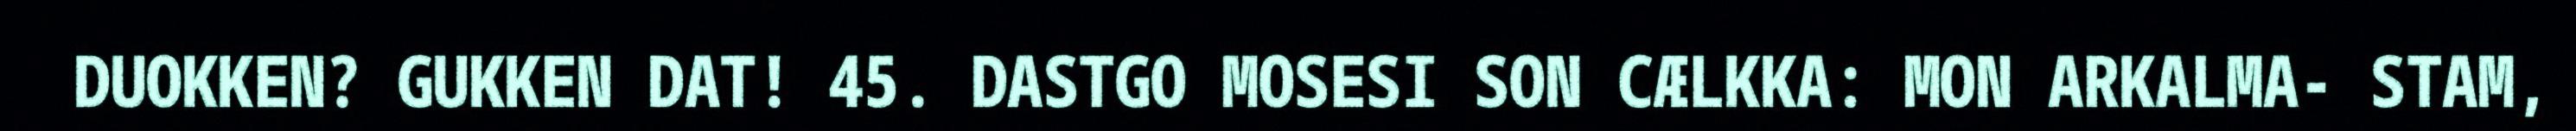
DUOKKEN? GUKKEN DAT! 45. DASTGO MOSESI SON CÆLKKA: MON ARKALMA- STAM,